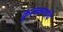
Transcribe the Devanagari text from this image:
कुलकर्णाचे